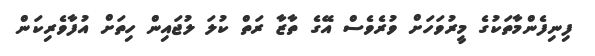
ފިނިފެންމާތަކުގެ މީރުވަހަށް ވުރެވެސް އޭގެ ތާޒާ ރަތް ކުލަ ލުޖައިން ހިތަށް އުފާވެރިކަން